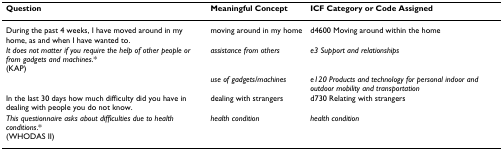
<table><thead><tr><td><b>Question</b></td><td><b>Meaningful Concept</b></td><td><b>ICF Category or Code Assigned</b></td></tr></thead><tbody><tr><td>During the past 4 weeks, I have moved around in my home, as and when I have wanted to.</td><td>moving around in my home</td><td>d4600 Moving around within the home</td></tr><tr><td><i>It does not matter if you require the help of other people or from gadgets and machines</i>.*(KAP)</td><td><i>assistance from others </i></td><td><i>e3 Support and relationships </i></td></tr><tr><td>[EMPTY_CELL]</td><td><i>use of gadgets/machines</i></td><td><i>e120 Products and technology for personal indoor and outdoor mobility and transportation</i></td></tr><tr><td>In the last 30 days how much difficulty did you have in dealing with people you do not know.</td><td>dealing with strangers</td><td>d730 Relating with strangers</td></tr><tr><td><i>This questionnaire asks about difficulties due to health conditions</i>.*(WHODAS II)</td><td><i>health condition</i></td><td><i>health condition</i></td></tr></tbody></table>